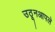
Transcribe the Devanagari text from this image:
उठूनआपले